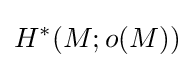
H^{*}(M;o(M))